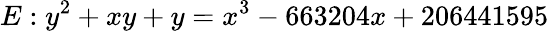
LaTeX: E:y^{2}+xy+y=x^{3}-663204x+206441595